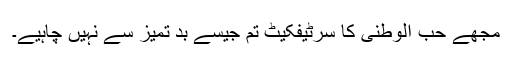
مجھے حب الوطنی کا سرٹیفکیٹ تم جیسے بد تمیز سے نہیں چاہیے۔